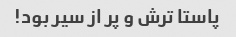
پاستا ترش و پر از سیر بود!